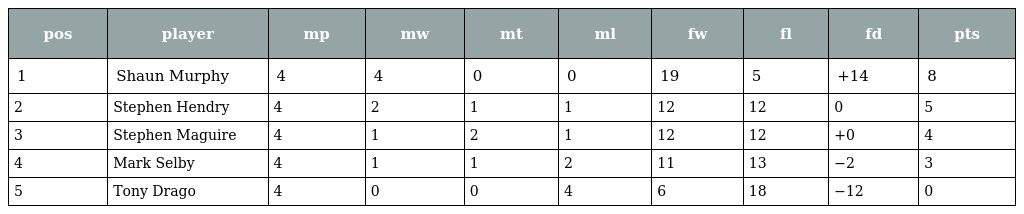
| pos | player | mp | mw | mt | ml | fw | fl | fd | pts |
 | --- | --- | --- | --- | --- | --- | --- | --- | --- | --- |
 | 1 | Shaun Murphy | 4 | 4 | 0 | 0 | 19 | 5 | +14 | 8 |
 | 2 | Stephen Hendry | 4 | 2 | 1 | 1 | 12 | 12 | 0 | 5 |
 | 3 | Stephen Maguire | 4 | 1 | 2 | 1 | 12 | 12 | +0 | 4 |
 | 4 | Mark Selby | 4 | 1 | 1 | 2 | 11 | 13 | −2 | 3 |
 | 5 | Tony Drago | 4 | 0 | 0 | 4 | 6 | 18 | −12 | 0 |